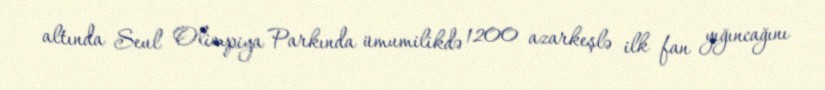
altında Seul Olimpiya Parkında ümumilikdə 1200 azarkeşlə ilk fan yığıncağını